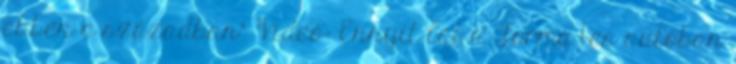
ebben a században” Videó: Ennyit lát a Forma–1-es autóban